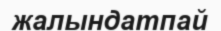
жалындатпай